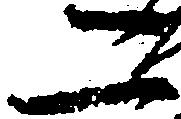
二